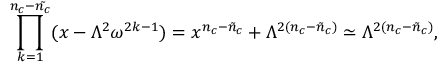
\prod _ { k = 1 } ^ { n _ { c } - \tilde { n _ { c } } } ( x - \Lambda ^ { 2 } \omega ^ { 2 k - 1 } ) = x ^ { n _ { c } - \tilde { n } _ { c } } + \Lambda ^ { 2 ( n _ { c } - \tilde { n } _ { c } ) } \simeq \Lambda ^ { 2 ( n _ { c } - \tilde { n } _ { c } ) } ,